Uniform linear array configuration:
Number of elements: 24
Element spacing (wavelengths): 0.75
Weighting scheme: uniform
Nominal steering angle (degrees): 30
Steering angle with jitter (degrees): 28.415
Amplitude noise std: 0.05
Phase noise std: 0.05

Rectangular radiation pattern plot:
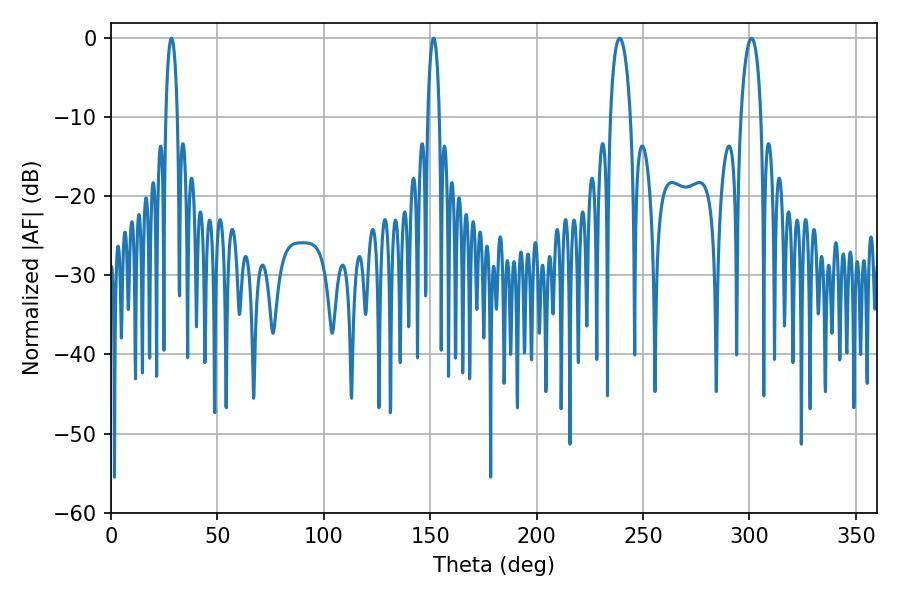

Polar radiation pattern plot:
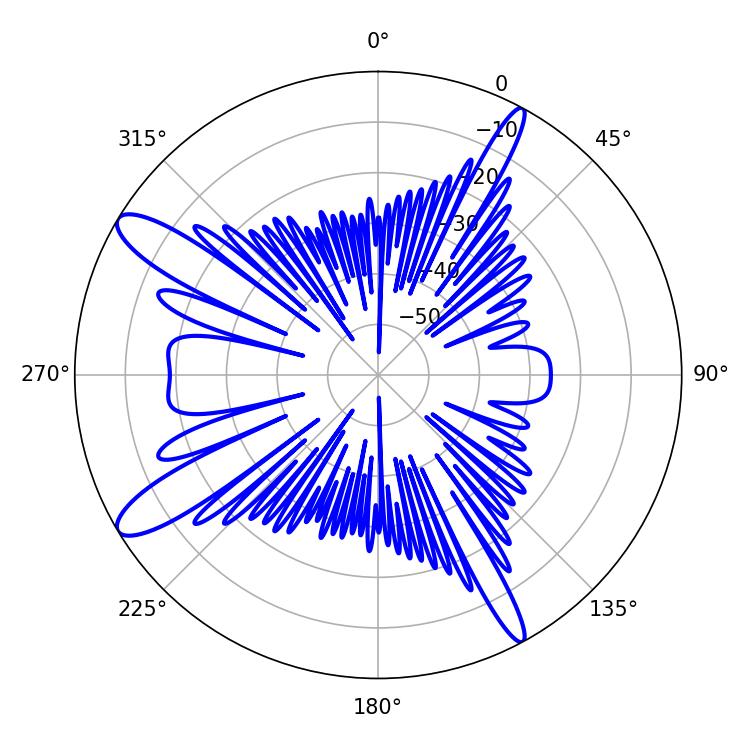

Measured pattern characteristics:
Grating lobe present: TRUE
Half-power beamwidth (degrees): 5.22
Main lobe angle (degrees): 239.04